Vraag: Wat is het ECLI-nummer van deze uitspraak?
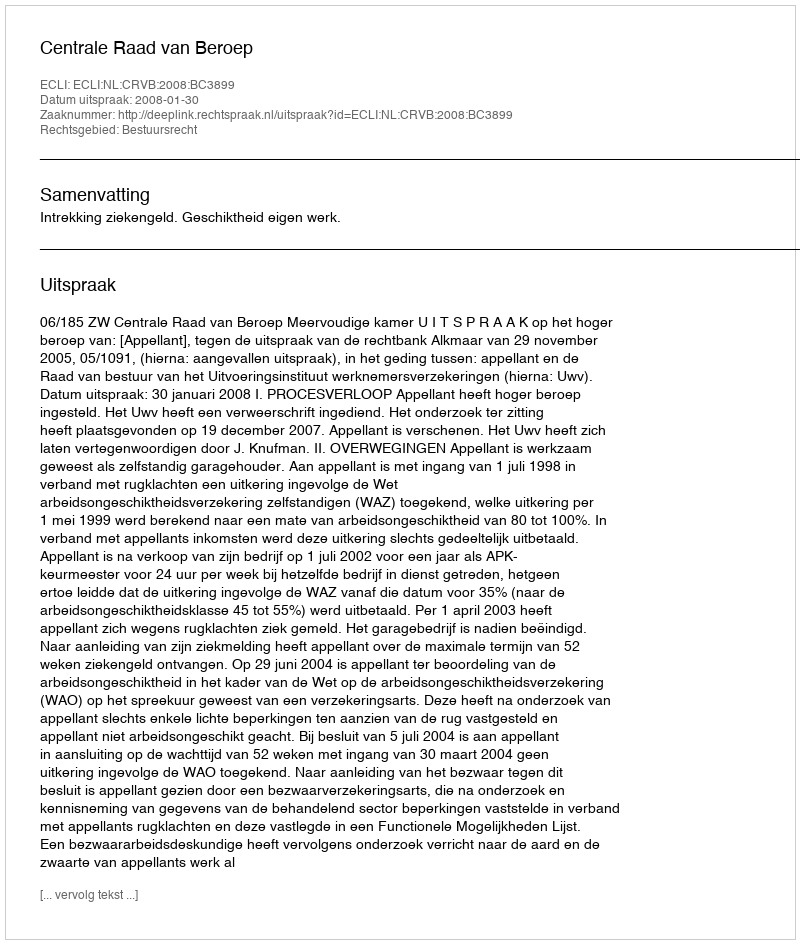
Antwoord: ECLI:NL:CRVB:2008:BC3899